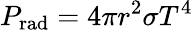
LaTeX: P_{\mathrm{{rad}}}=4\pi r^{2}\sigma T^{4}